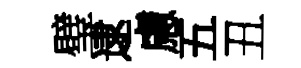
璧逮慮五丑